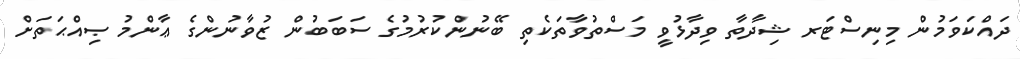
ދައްކަވަމުން މިނިސްޓަރ ޝިދާތާ ވިދާޅުވީ މަސްތުވާތަކެތި ބޭނުންކުރުމުގެ ސަބަބުން ޒުވާނުންގެ ޢާންމު ޞިއްޙަތަށް